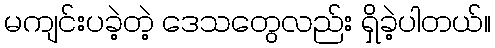
မကျင်းပခဲ့တဲ့ ဒေသတွေလည်း ရှိခဲ့ပါတယ်။